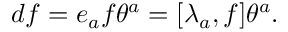
d f = e _ { a } f \theta ^ { a } = [ \lambda _ { a } , f ] \theta ^ { a } .